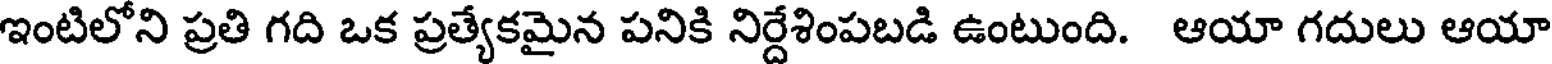
ఇంటిలోని ప్రతి గది ఒక ప్రత్యేకమైన పనికి నిర్దేశింపబడి ఉంటుంది. ఆయా గదులు ఆయా